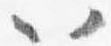
以